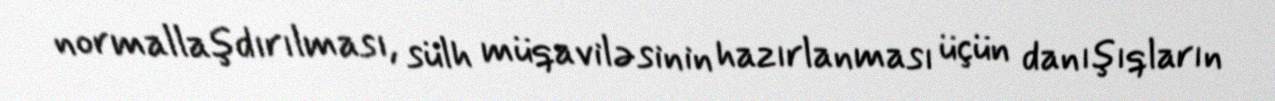
normallaşdırılması, sülh müqaviləsinin hazırlanması üçün danışıqların